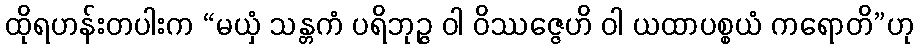
ထိုရဟန်းတပါးက “မယှံ သန္တကံ ပရိဘုဉ္ဇ ဝါ ဝိဿဇ္ဇေဟိ ဝါ ယထာပစ္စယံ ကရောတိ”ဟု